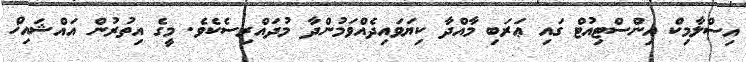
އިސްލާމިކް އިންސްޓިއުޓް ގައި ޢަރަބި މާއްދާ ކިޔަވައިދެއްވަމުންދާ މުދައްރިސެކެވެ. މީގެ އިތުރުން އައްޝައިޚް